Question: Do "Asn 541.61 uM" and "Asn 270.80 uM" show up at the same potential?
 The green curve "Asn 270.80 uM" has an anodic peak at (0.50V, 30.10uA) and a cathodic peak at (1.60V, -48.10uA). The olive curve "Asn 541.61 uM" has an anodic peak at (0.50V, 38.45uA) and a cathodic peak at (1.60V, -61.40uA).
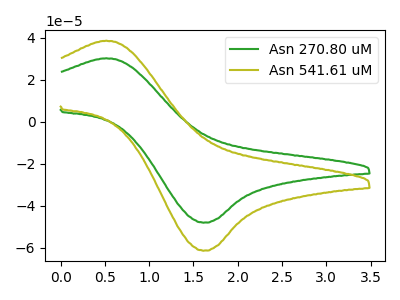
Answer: <think>All the peaks in "Asn 541.61 uM" have a peak in "Asn 270.80 uM" at the same potential. Every peak in "Asn 541.61 uM" is higher than every peak in "Asn 270.80 uM".
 </think>
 <answer>"Asn 541.61 uM" and "Asn 270.80 uM" are similar in shape.</answer>
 <eval>same_shape</eval>